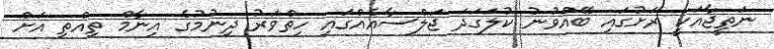
ނަތީޖާއަކީ ރަށުގައި ބޭއްވުނު ކުލަގަދަ ޖަލްސާއެއްގައި ހިތްވަރު ދިނުމުގެ އިނާމް ތިއްތި އަށް